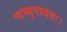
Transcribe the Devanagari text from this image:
प्यभ्युपायतः।